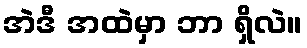
အဲဒီ အထဲမှာ ဘာ ရှိလဲ။